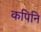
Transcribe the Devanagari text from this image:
कपिनि